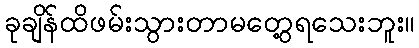
ခုချိန်ထိဖမ်းသွားတာမတွေ့ရသေးဘူး။